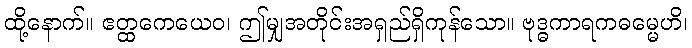
ထို့နောက်။ ဧတ္ထကေယေဝ၊ ဤမျှအတိုင်းအရှည်ရှိကုန်သော။ ဗုဒ္ဓကာရကဓမ္မေဟိ၊